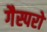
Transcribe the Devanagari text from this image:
गैस्परो